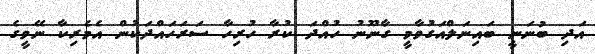
އަދި ބުނަނީ ބައިނަލްއަގުވާމީ ގާނޫނު ހުއްދަ ކުރާ ހުރިހާ ސަރަހައްދަކުން އެމެރިކާ ނޭވީގެ